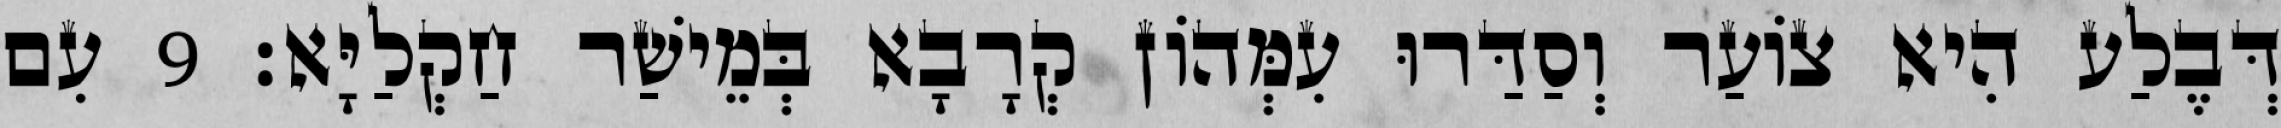
דְּבֶלַע הִיא צוֹעַר וְסַדַּרוּ עִמְּהוֹן קְרָבָא בְּמֵישַׁר חַקְלַיָּא׃ 9 עִם